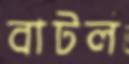
বাটল